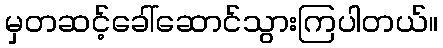
မှတဆင့်ခေါ်ဆောင်သွားကြပါတယ်။